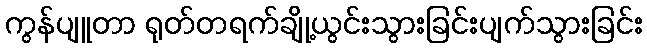
ကွန်ပျူတာ ရုတ်တရက်ချို့ယွင်းသွားခြင်းပျက်သွားခြင်း